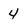
Character: 4